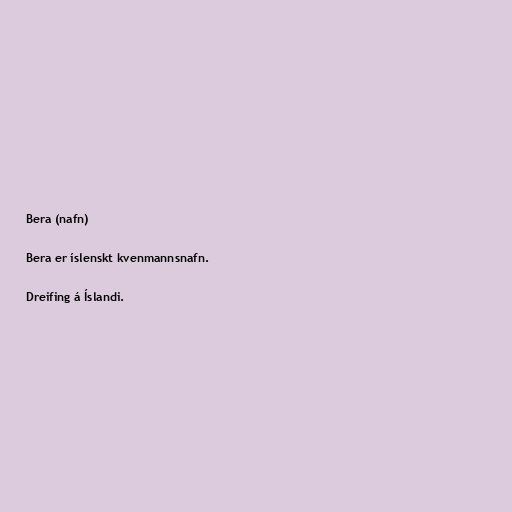
Bera (nafn)

Bera er íslenskt kvenmannsnafn.

Dreifing á Íslandi.